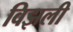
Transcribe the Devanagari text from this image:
विझली